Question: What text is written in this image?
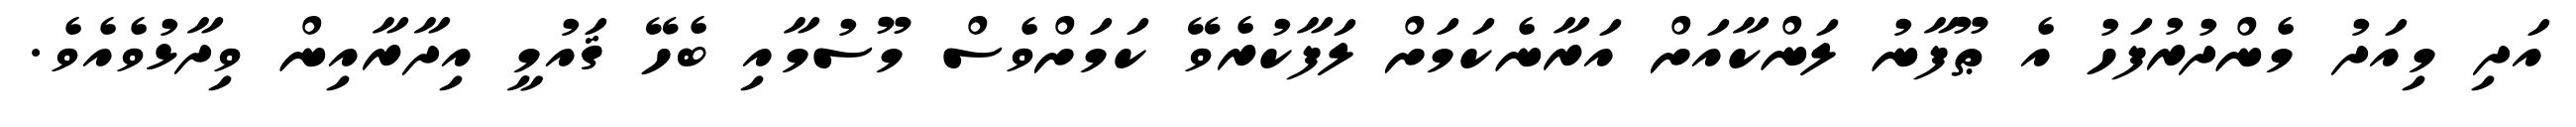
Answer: އަދި މިއަދު މެންދުރުފަހު އެ ޠޫފާނު ލަންކާއަށް އަރާނެކަމަށް ލަފާކުރެވޭ ކަމަށްވެސް މޫސުމާއި ބެހޭ ޤައުމީ އިދާރާއިން ވިދާޅުވެއެވެ.